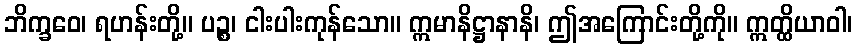
ဘိက္ခဝေ၊ ရဟန်းတို့။ ပဉ္စ၊ ငါးပါးကုန်သော။ ဣမာနိဋ္ဌာနာနိ၊ ဤအကြောင်းတို့ကို။ ဣတ္ထိယာဝါ၊